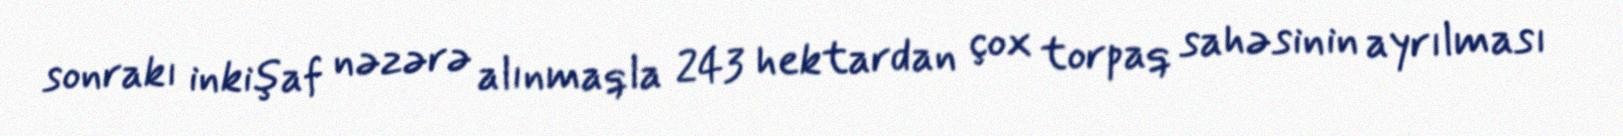
sonrakı inkişaf nəzərə alınmaqla 243 hektardan çox torpaq sahəsinin ayrılması